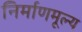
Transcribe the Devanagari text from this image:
निर्माणमूल्य